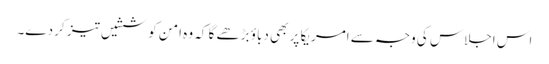
اس اجلاس کی وجہ سے امریکا پر بھی دباؤ بڑھے گا کہ وہ امن کوششیں تیز کر دے۔